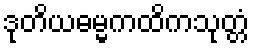
ဒုတိယဓမ္မကထိကသုတ္တံ